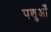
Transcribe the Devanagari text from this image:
पशुओँ